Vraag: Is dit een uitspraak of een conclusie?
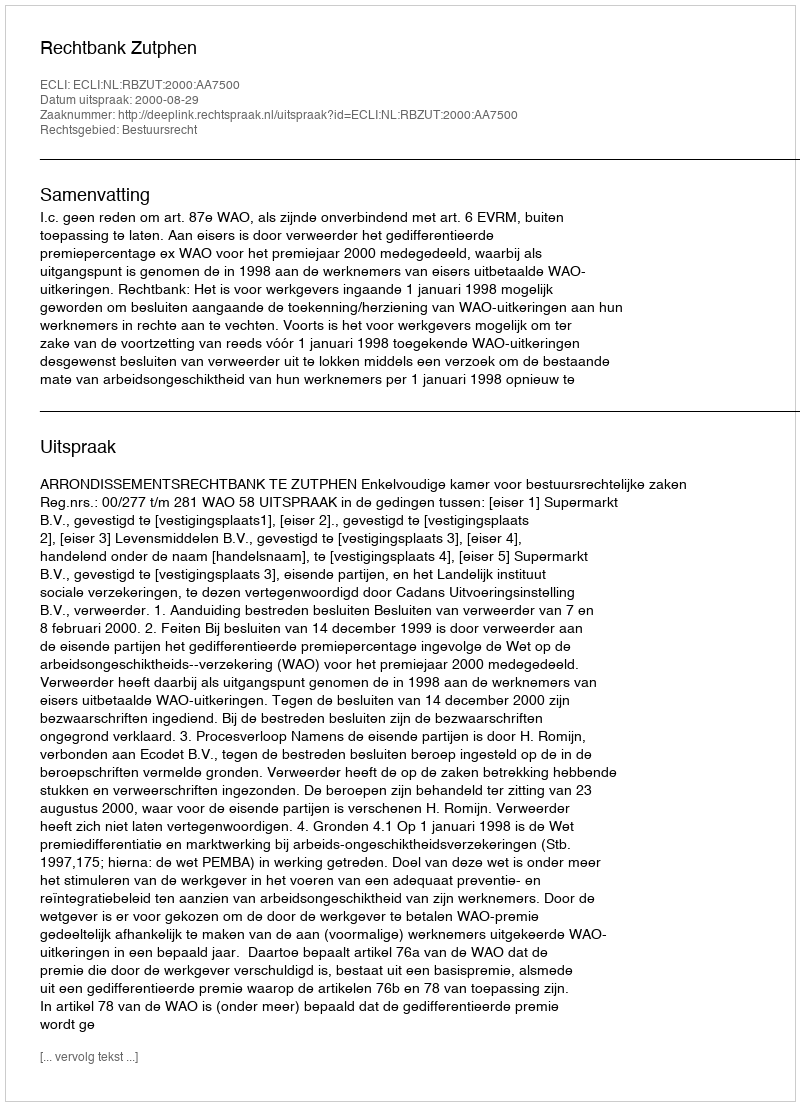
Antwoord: Uitspraak